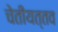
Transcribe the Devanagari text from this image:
चेतीयत्तव